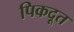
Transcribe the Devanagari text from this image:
पिकदूत